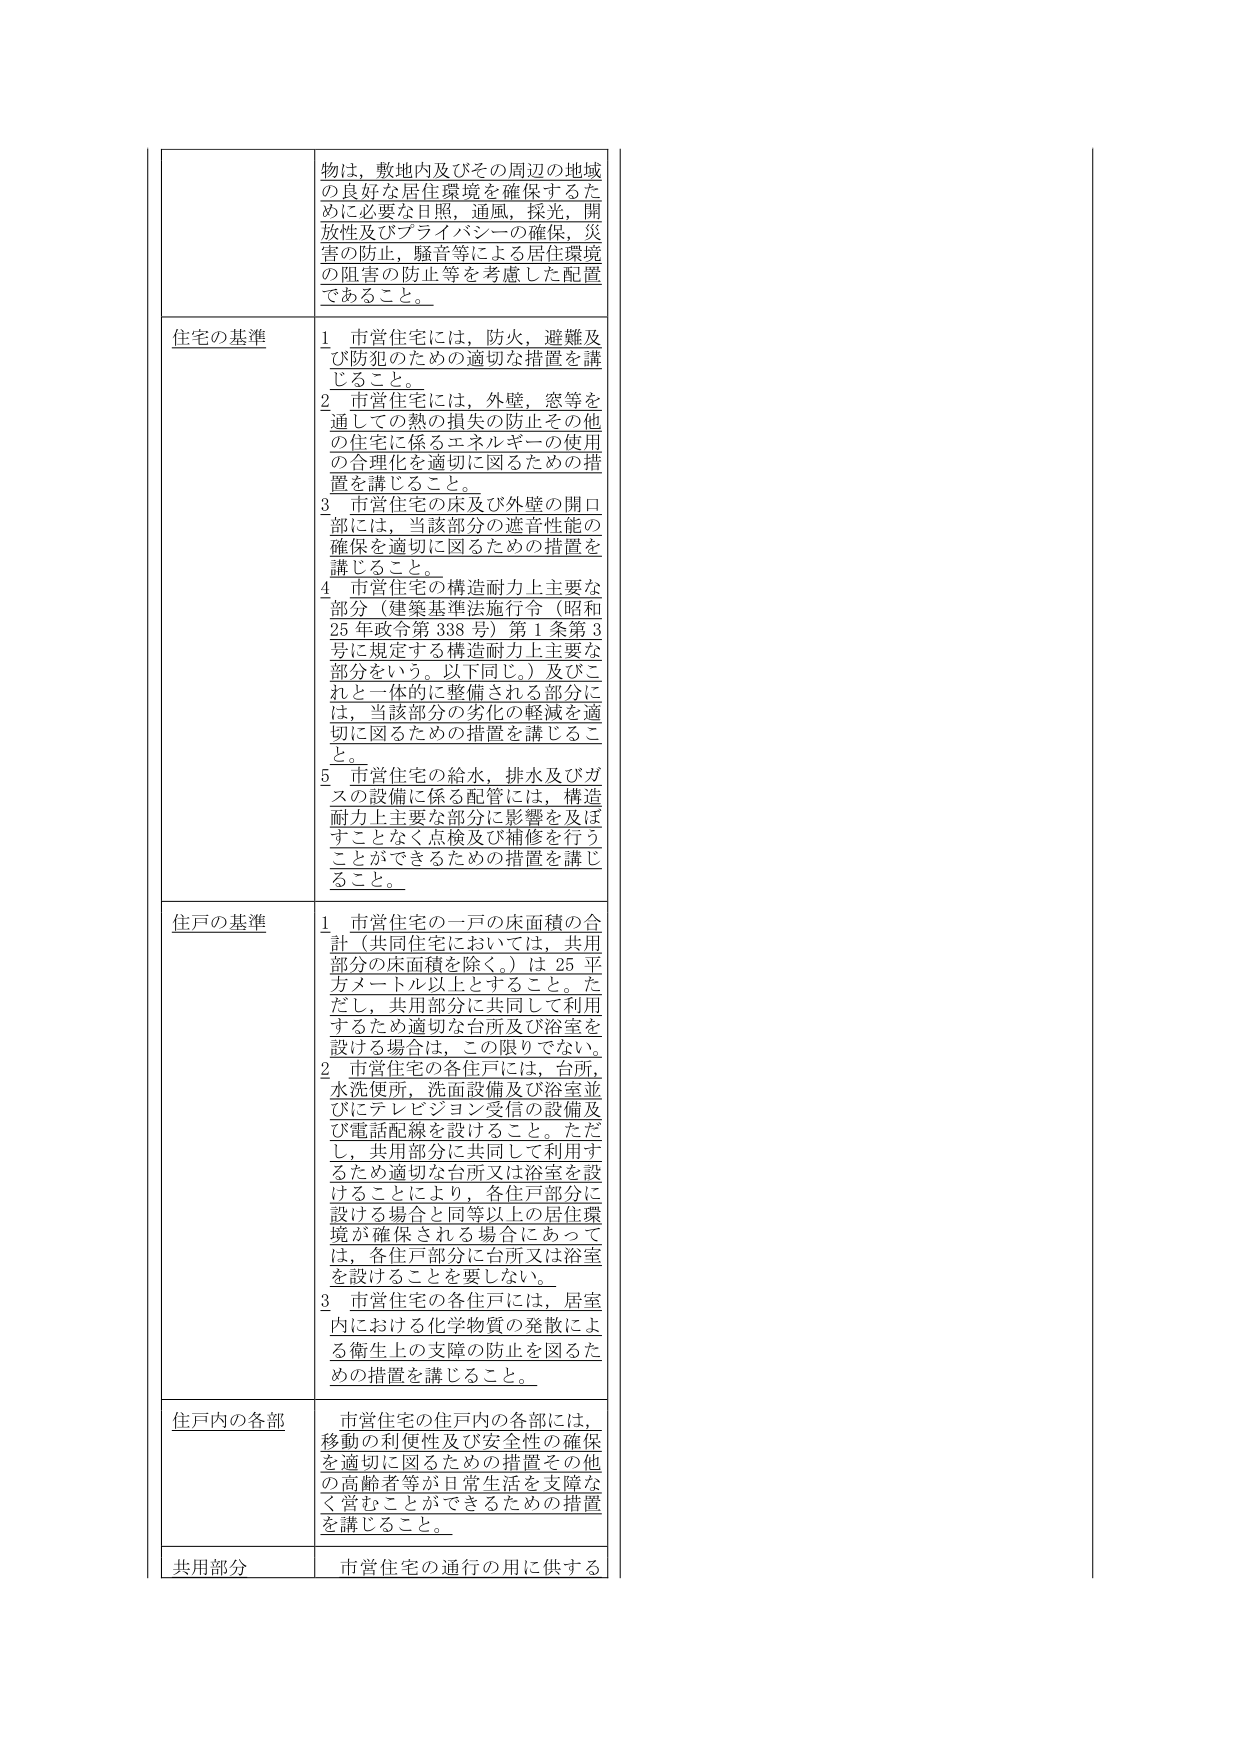
物は、敷地内及びその周辺の地域の良好な居住環境を確保するために必要な日照、通風、採光、開放性及びプライバシーの確保、災害の防止、騒音等による居住環境の阻害の防止等を考慮した配置であること。

住宅の基準
1 市営住宅には、防火、避難及び防犯のための適切な措置を講じること。
2 市営住宅には、外壁、窓等を通しての熱の損失の防止その他 の住宅に係るエネルギーの使用の合理化を適切に図るための措置を講じること。
3 市営住宅の床及び外壁の開口部には、当該部分の遮音性能の確保を適切に図るための措置を講じること。
4 市営住宅の構造耐力上主要な部分（建築基準法施行令（昭和25年政令第338号）第1条第3号に規定する構造耐力上主要な部分をいう。以下同じ。）及びこれと一体的に整備される部分には、当該部分の劣化の軽減を適切に図るための措置を講じること。
5 市営住宅の給水、排水及びガスの設備に係る配管には、構造耐力上主要な部分に影響を及ぼすことなく点検及び補修を行うことができるための措置を講じること。

住戸の基準
1 市営住宅の一戸の床面積の合計（共同住宅においては、共用部分の床面積を除く。）は25平方メートル以上とする。ただし、共用部分に共同して利用するため適切な台所及び浴室を設ける場合は、この限りでない。
2 市営住宅の各住戸には、台所、水洗便所、洗面設備及び浴室並びにテレビジョン受信の設備及び電話配線を設けること。ただし、共用部分に共同して利用するため適切な台所又は浴室を設けることにより、各住戸部分に設ける場合と同等以上の居住環境が確保される場合にあっては、各住戸部分に台所又は浴室を設けることを要しない。
3 市営住宅の各住戸には、居室内における化学物質の発散による衛生上の支障の防止を図るための措置を講じること。

住戸内の各部
市営住宅の住戸内の各部には、移動の利便性及び安全性の確保を適切に図るための措置その他 の高齢者等が日常生活を支障なく営むことができるための措置を講じること。

共用部分
市営住宅の通行の用に供する